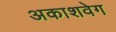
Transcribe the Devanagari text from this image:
अकाशवेग